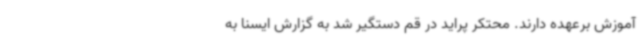
آموزش برعهده دارند. محتکر پراید در قم دستگیر شد به گزارش ایسنا به